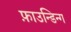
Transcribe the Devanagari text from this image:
फ़ाउन्डिन्ग